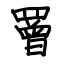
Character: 罾